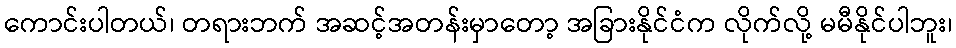
ကောင်းပါတယ်၊ တရားဘက် အဆင့်အတန်းမှာတော့ အခြားနိုင်ငံက လိုက်လို့ မမီနိုင်ပါဘူး၊